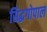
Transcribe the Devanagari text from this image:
सिद्धगोपाल